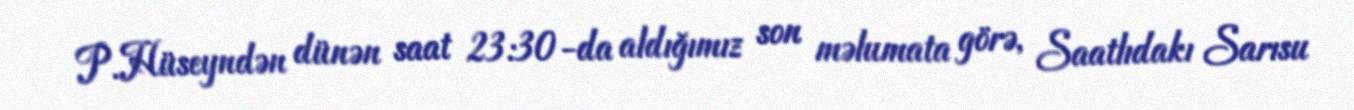
P.Hüseyndən dünən saat 23:30-da aldığımız son məlumata görə, Saatlıdakı Sarısu